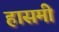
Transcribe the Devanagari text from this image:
हासमी